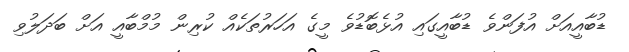
ޑުބާއީއަށް އުފަންވެ ޑުބާއީގައި އުޅެބޮޑުވެ މީގެ އަހަރުތަކެއް ކުރިން މުމްބާއީ އަށް ބަދަލުވި